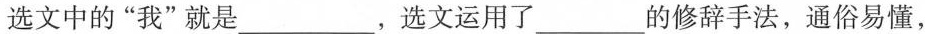
选文中的”我”就是___，选文运用了___的修辞手法，通俗易懂，